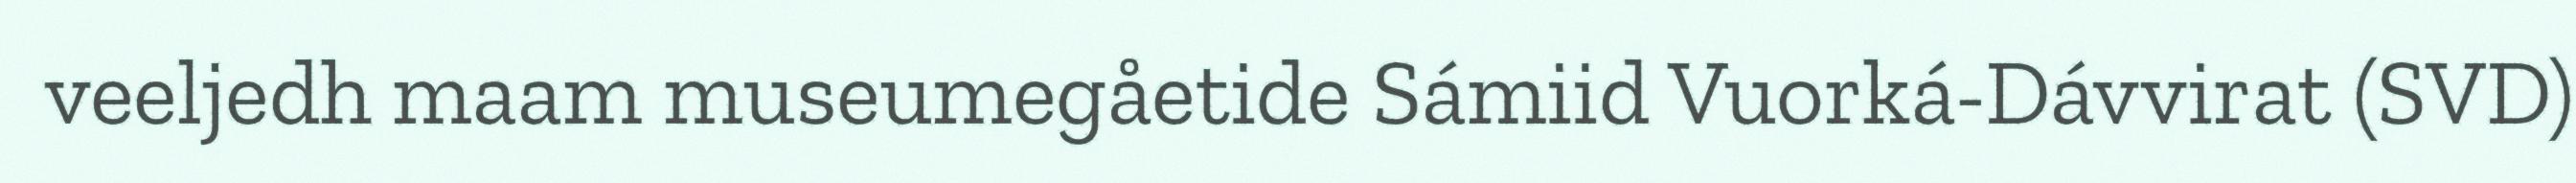
veeljedh maam museumegåetide Sámiid Vuorká-Dávvirat (SVD)